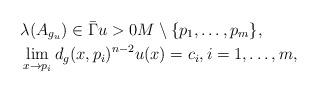
LaTeX: \begin{align*}&\lambda(A_{g_u}) \in \bar\Gamma u > 0 M \setminus \{p_1, \ldots, p_m\},\\&\lim_{x \rightarrow p_i} d_g(x,p_i)^{n-2} u(x) = c_i,i = 1, \ldots, m, \end{align*}